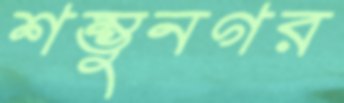
শম্ভুনগর